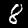
Digit: 8